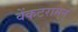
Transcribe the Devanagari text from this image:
वेंकटरामन्